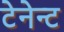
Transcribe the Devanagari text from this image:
टेनेन्ट